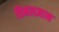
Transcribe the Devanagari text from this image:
विमलज्ञान